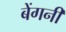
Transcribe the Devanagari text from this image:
बेंगनी